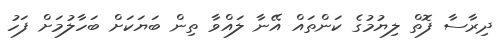
ދިރާސާ ފޮތް ލިޔުމުގެ ކަންތައް އޭނާ ލައްވާ ތިން ބަޔަކަށް ބަހާލުމަށް ފަހު